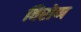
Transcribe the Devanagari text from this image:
विरोण